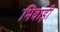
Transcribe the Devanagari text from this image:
भिवाड़ी